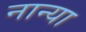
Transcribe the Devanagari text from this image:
नान्या